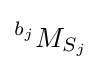
^{b_{j}}M_{S_{j}}